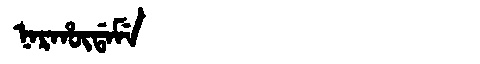
Manchu: ᠨᠠᡵᡥᡡᡩᠠᠮᡝ
Romanization: NARHŪDAME